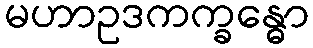
မဟာဥဒကက္ခန္ဓော